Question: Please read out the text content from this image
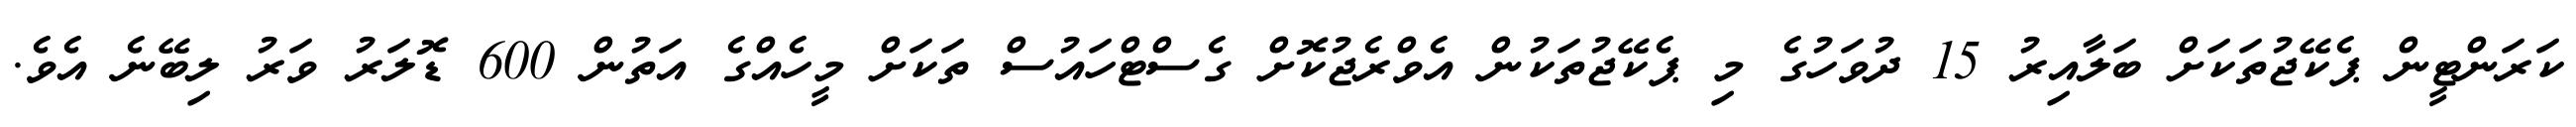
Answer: ކަރަންޓީން ޕެކޭޖުތަކަށް ބަލާއިރު 15 ދުވަހުގެ މި ޕެކޭޖުތަކުން އެވްރެޖުކޮށް ގެސްޓްހައުސް ތަކަށް މީހެއްގެ އަތުން 600 ޑޮލަރު ވަރު ލިބޭނެ އެވެ.